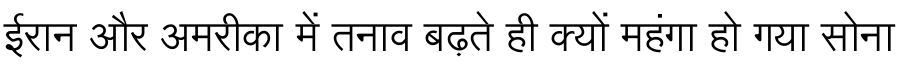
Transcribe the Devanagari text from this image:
ईरान और अमरीका में तनाव बढ़ते ही क्यों महंगा हो गया सोना